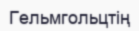
Гельмгольцтің